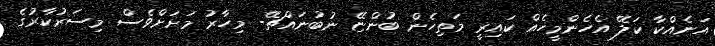
އަނެއްކާ ކަލޭ އެހެންމީހެއް ކައިރީ މަތިހެން ބުންޏޭ ނުބުނައްޗޭ- މިހާރު މަށަށްވެސް މިސަރުކާރުގެ